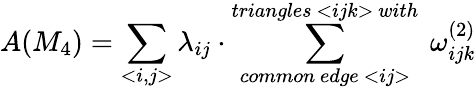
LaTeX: A(M_{4})=\sum_{<i,j>}\lambda_{ij}\cdot\sum_{common~edge~<ij>}^{triangles~<ijk>~with}~\omega_{ijk}^{(2)}